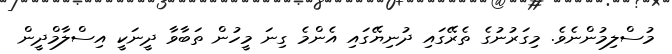
މުސްލިމުންނެވެ. މިގަރުނުގެ ތެރޭގައި ދުނިޔޭގައި އެންމެ ގިނަ މީހުން ތަބާވާ ދީނަކީ އިސްލާމްދީން